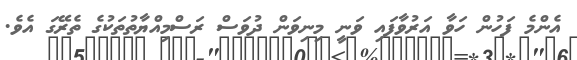
އެންމެ ފަހުން ހަވާ އަރުވާފައި ވަނީ މިނިވަން ދުވަސް ރަސްމިއްޔާތުތަކުގެ ތެރޭގަ އެވެ.